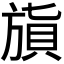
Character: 𣄌